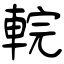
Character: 輐